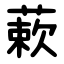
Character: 蔌